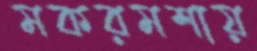
মকরমশায়